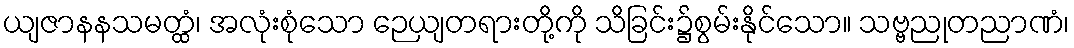
ယျဇာနနသမတ္ထံ၊ အလုံးစုံသော ဉေယျတရားတို့ကို သိခြင်း၌စွမ်းနိုင်သော။ သဗ္ဗညုတညာဏံ၊